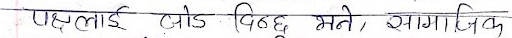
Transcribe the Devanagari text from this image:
पक्षलाई जोड दिन्छु भने, सामाजिक